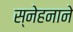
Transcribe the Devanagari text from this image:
स्नेहनाने